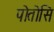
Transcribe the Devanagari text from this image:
पोतोसि